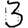
Digit: 3